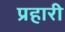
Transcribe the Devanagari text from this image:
प्रहारी